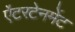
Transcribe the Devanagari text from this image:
ऐंटरटेनमेंट